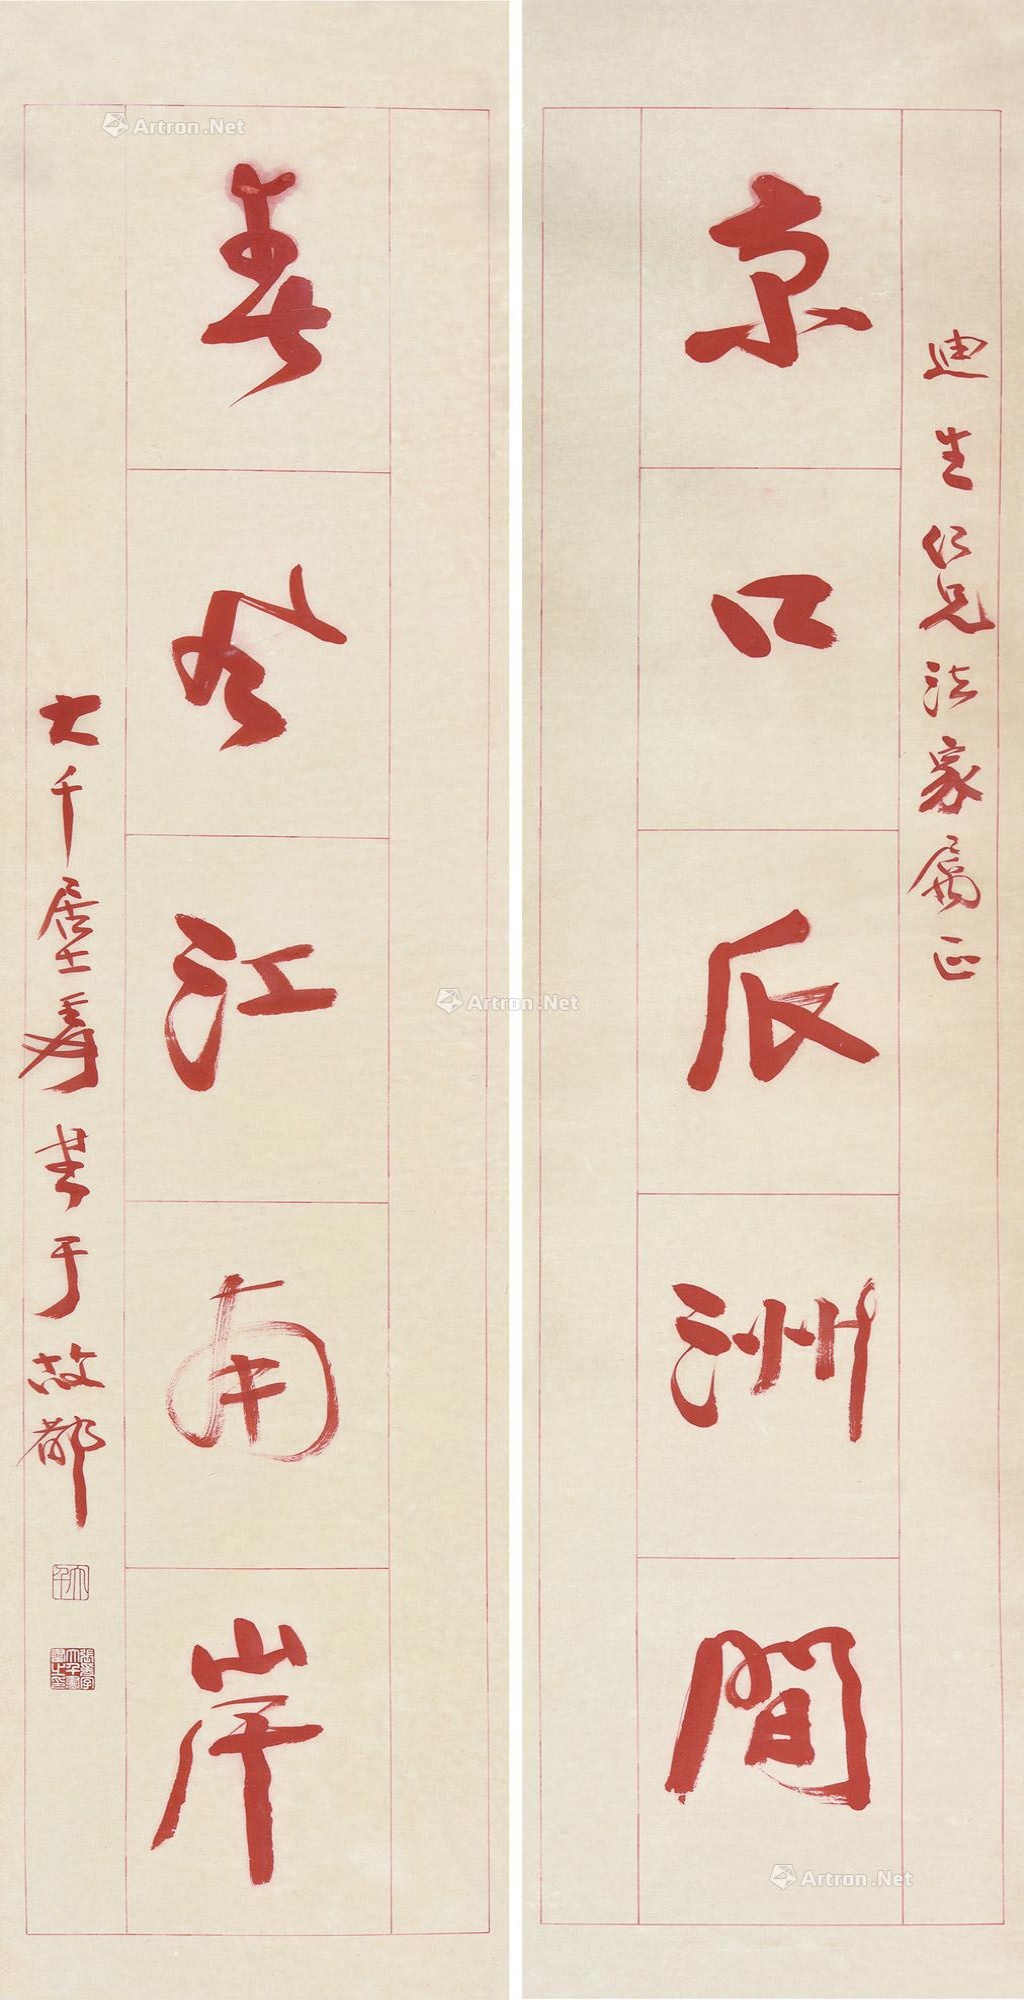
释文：京口瓜州间，春风江南岸。迪生仁兄法家属正，大千居士爰书于故都。